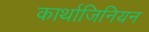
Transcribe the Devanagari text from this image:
कार्थाजिनियन